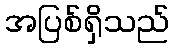
အပြစ်ရှိသည်